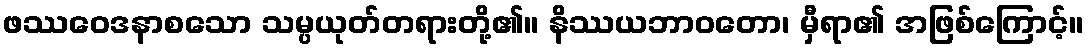
ဖဿဝေဒနာစသော သမ္ပယုတ်တရားတို့၏။ နိဿယဘာဝတော၊ မှီရာ၏ အဖြစ်ကြောင့်။